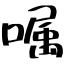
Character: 嘱